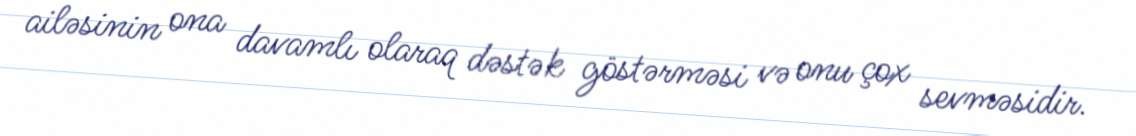
ailəsinin ona davamlı olaraq dəstək göstərməsi və onu çox sevməsidir.